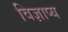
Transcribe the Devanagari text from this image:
विज्ञाप्य